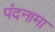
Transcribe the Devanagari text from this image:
पंदनामा